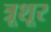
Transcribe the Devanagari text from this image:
त्रूशूर